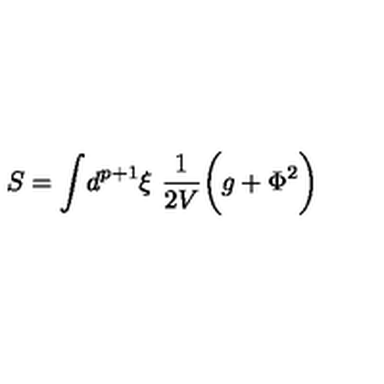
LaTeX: S = \int \! d ^ { p + 1 } \xi \ { \frac { 1 } { 2 V } } \biggl ( g + \Phi ^ { 2 } \biggr )